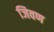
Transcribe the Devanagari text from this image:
जिवण